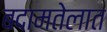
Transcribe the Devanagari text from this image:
बदामतेलात